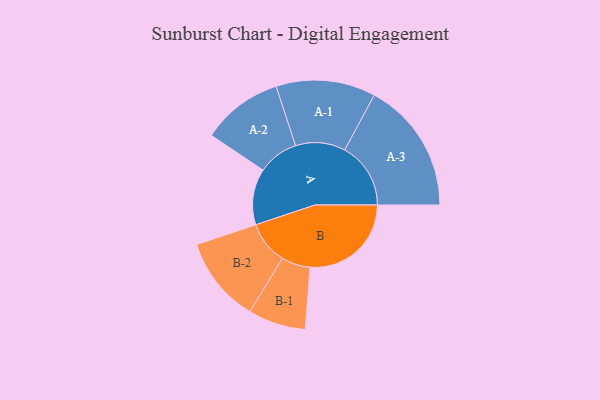
{"axis": {"x": "Segment", "y": "Value"}, "legend": ["", "A", "B"], "data": [{"x": "A", "y": 214, "type": ""}, {"x": "B", "y": 386, "type": ""}, {"x": "A-1", "y": 190, "type": "A"}, {"x": "A-2", "y": 155, "type": "A"}, {"x": "A-3", "y": 252, "type": "A"}, {"x": "B-1", "y": 110, "type": "B"}, {"x": "B-2", "y": 164, "type": "B"}]}